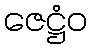
ဇေဋ္ဌံဝ